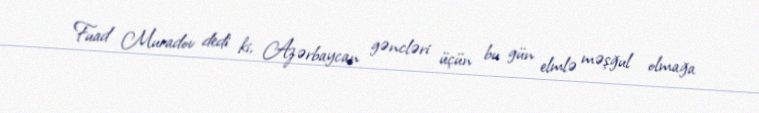
Fuad Muradov dedi ki, Azərbaycan gəncləri üçün bu gün elmlə məşğul olmağa